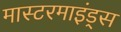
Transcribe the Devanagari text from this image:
मास्टरमाइंड्स